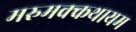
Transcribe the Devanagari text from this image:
मरुमक्कथायम